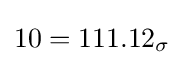
10=111.12_{\sigma }